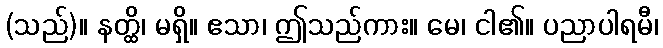
(သည်)။ နတ္ထိ၊ မရှိ။ ဧသာ၊ ဤသည်ကား။ မေ၊ ငါ၏။ ပညာပါရမီ၊